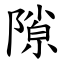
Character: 隙